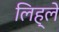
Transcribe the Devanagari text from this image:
लिह्ले